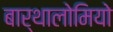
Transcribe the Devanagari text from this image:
बार्थालोमियो